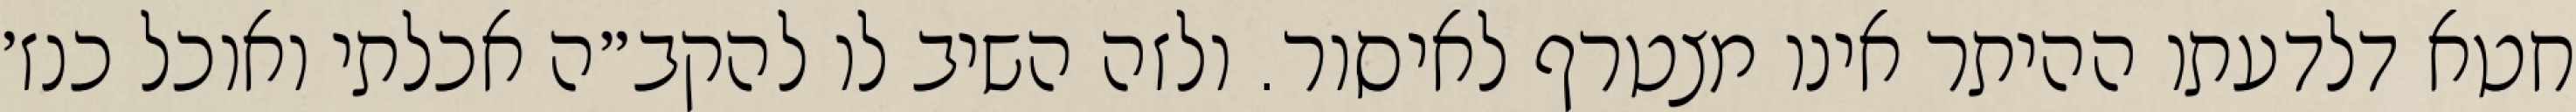
חטא דלדעתו ההיתר אינו מצטרף לאיסור. ולזה השיב לו להקב״ה אכלתי ואוכל כנז׳